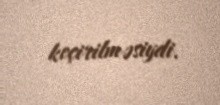
keçirilməsiydi.